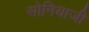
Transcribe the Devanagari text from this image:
सोनियाजी